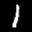
Label: 1